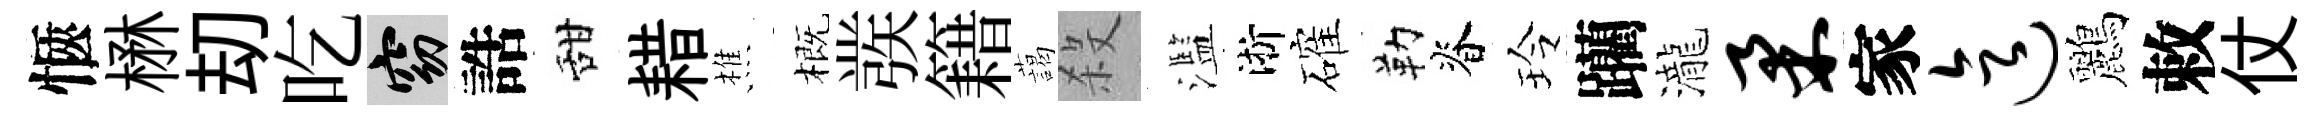
愜楙刧吃窈誥甜耤樵概彂籍藹殺濫淅確勒脊玲躪瀧柔家迄鸝敕仗